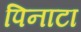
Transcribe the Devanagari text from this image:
पिनाटा